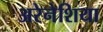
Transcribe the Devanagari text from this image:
अरेनेशिया